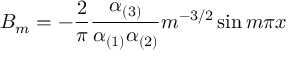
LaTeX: B _ { m } = - { \frac { 2 } { \pi } } { \frac { \alpha _ { ( 3 ) } } { \alpha _ { ( 1 ) } \alpha _ { ( 2 ) } } } m ^ { - 3 / 2 } \sin m \pi x